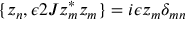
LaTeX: \{ z _ { n } , \epsilon 2 J z _ { m } ^ { \ast } z _ { m } \} = i \epsilon z _ { m } \delta _ { m n }